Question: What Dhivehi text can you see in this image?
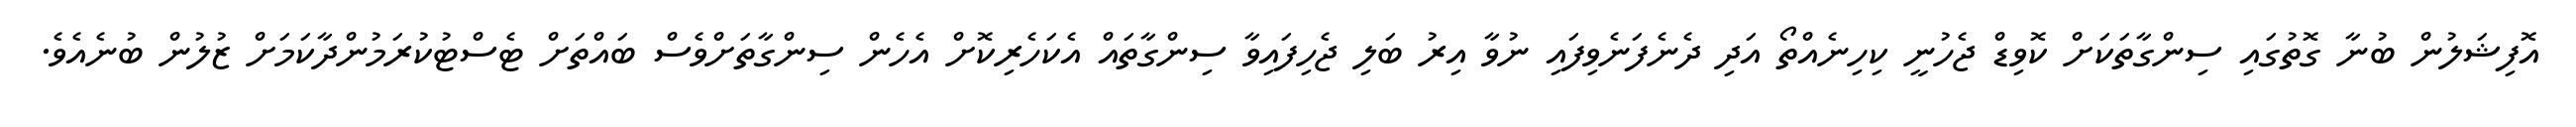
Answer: އޮފިޝަލުން ބުނާ ގޮތުގައި ސިންގާތަކަށް ކޮވިޑް ޖެހުނީ ކިހިނެއްތޯ އަދި ދެނެފަނެވިފައި ނުވާ އިރު ބަލި ޖެހިފައިވާ ސިންގާތައް އެކަހެރިކޮށް އެހެން ސިންގާތަށްވެސް ބައްތަށް ޓެސްޓުކުރަމުންދާކަމަށް ޒުލުން ބުނެއެވެ.